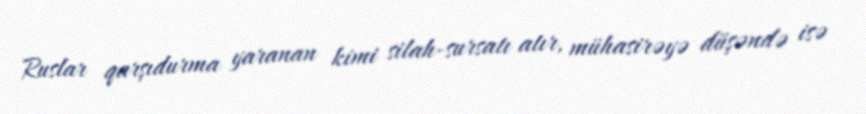
Ruslar qarşıdurma yaranan kimi silah-sursatı atır, mühasirəyə düşəndə isə